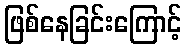
ဖြစ်နေခြင်းကြောင့်